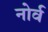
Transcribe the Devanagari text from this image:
नोर्व